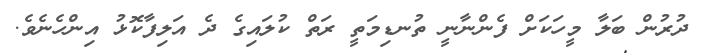
ދުރުން ބަލާ މީހަކަށް ފެންނާނީ ތުނޑިމަތީ ރަތް ކުލައިގެ ދެ އަލިފާކޮޅު އިންހެނެވެ.